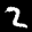
Label: 2